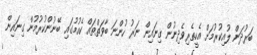
ބަރުދަން ލުއިކުރުމަށް އެހީތެރިވެދިނުން ގިނައިން ނަރު ހުންނަ ބާވަތްތައް ކެއުމުގައި ބޭނުންކުރުމުން ގިނައިން